Vaccination in Burma 1900-1911 - 1900-1911
Year: 1900
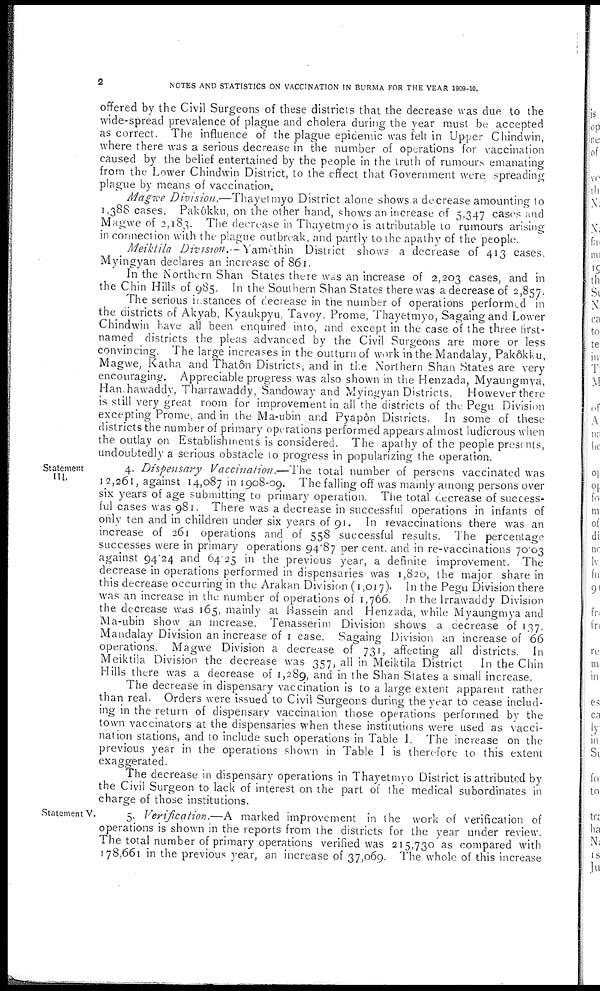
2
NOTES AND STATISTICS ON VACCINATION IN BURMA FOR THE YEAR 1909-10.
offered by the Civil Surgeons of these districts that the decrease was due to the
wide-spread prevalence of plague and cholera during the year must be accepted
as correct. The influence of the plague epidemic was felt in Upper Chindwin,
where there was a serious decrease in the number of operations for vaccination
caused by the belief entertained by the people in the truth of rumours emanating
from the Lower Chindwin District, to the effect that Government were spreading
plague by means of vaccination.
Magwe Division.—Thayetmyo District alone shows a decrease amounting to
1,388 cases. Pakôkku, on the other hand, shows an increase of 5,347 cases and
Magwe of 2,183. The decrease in Thayetmyo is attributable to rumours arising
in connection with the plague outbreak, and partly to the apathy of the people.
Meiktila Division.—Yamèthin District shows a decrease of 413 cases.
Myingyan declares an increase of 861.
In the Northern Shan States there was an increase of 2,203 cases, and in
the Chin Hills of 985. In the Southern Shan States there was a decrease of 2,857.
The serious instances of decrease in the number of operations performed in
the districts of Akyab, Kyaukpyu, Tavoy, Prome, Thayetmyo, Sagaing and Lower
Chindwin have all been enquired into, and except in the case of the three first-
named districts the pleas advanced by the Civil Surgeons are more or less
convincing. The large increases in the outturn of work in the Mandalay, Pakôkku,
Magwe, Katha and Thatôn Districts, and in the Northern Shan States are very
encouraging. Appreciable progress was also shown in the Henzada, Myaungmya,
Han hawaddy, Tharrawaddy, Sandoway and Myingyan Districts. However there
is still very great room for improvement in all the districts of the Pegu Division
excepting Prome, and in the Ma-ubin and Pyapôn Districts. In some of these
districts the number of primary operations performed appears almost ludicrous when
the outlay on Establishments is considered. The apathy of the people presents,
undoubtedly a serious obstacle to progress in popularizing the operation.
Statement
III.
4. Dispensary Vaccination.—The total number of persons vaccinated was
12,261, against 14,087 in 1908-09. The falling off was mainly among persons over
six years of age submitting to primary operation. The total decrease of success-
ful cases was 981. There was a decrease in successful operations in infants of
only ten and in children under six years of 91. In revaccinations there was an
increase of 261 operations and of 558 successful results. The percentage
successes were in primary operations 94.87 per cent. and in re-vaccinations 70.03
against 94.24 and 64.25 in the previous year, a definite improvement. The
decrease in operations performed in dispensaries was 1,826, the major share in
this decrease occurring in the Arakan Division (1,017). In the Pegu Division there
was an increase in the number of operations of 1,766. In the Irrawaddy Division
the decrease was 165, mainly at Bassein and Henzada, while Myaungmya and
Ma-ubin show an increase. Tenasserim Division shows a decrease of 137.
Mandalay Division an increase of 1 case. Sagaing Division an increase of 66
operations. Magwe Division a decrease of 731, affecting all districts. In
Meiktila Division the decrease was 357, all in Meiktila District In the Chin
Hills there was a decrease of 1,289, and in the Shan States a small increase.
The decrease in dispensary vaccination is to a large extent apparent rather
than real. Orders were issued to Civil Surgeons during the year to cease includ-
ing in the return of dispensary vaccination those operations performed by the
town vaccinators at the dispensaries when these institutions were used as vacci-
nation stations, and to include such operations in Table I. The increase on the
previous year in the operations shown in Table I is therefore to this extent
exaggerated.
The decrease in dispensary operations in Thayetmyo District is attributed by
the Civil Surgeon to lack of interest on the part of the medical subordinates in
charge of those institutions.
Statement V.
5. Verification.—A marked improvement in the work of verification of
operations is shown in the reports from the districts for the year under review.
The total number of primary operations verified was 215,730 as compared with
178,661 in the previous year, an increase of 37,069. The whole of this increase